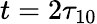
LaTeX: t=2\tau_{10}